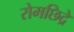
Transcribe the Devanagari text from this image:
रोमछिद्रे